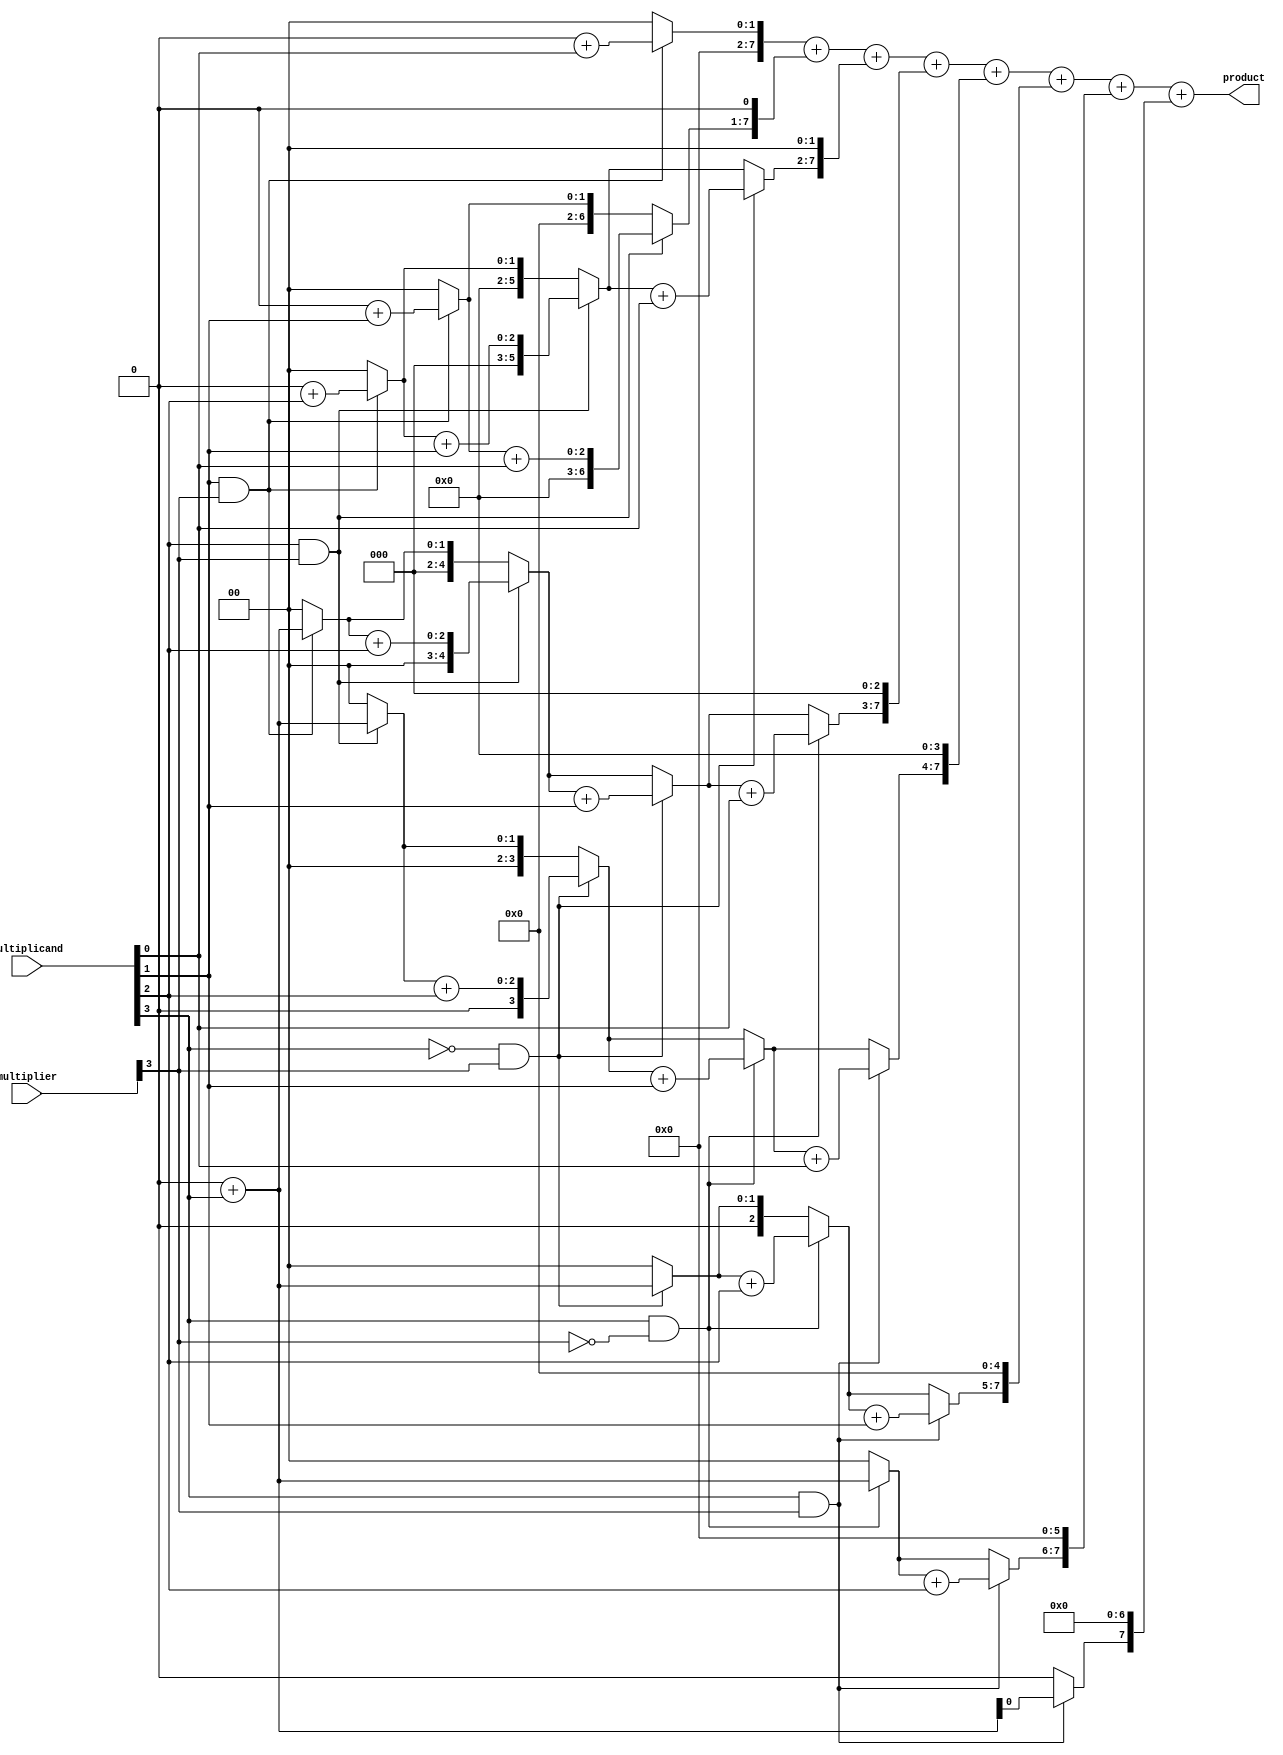
module booth_multiplier(
    input [3:0] multiplier,
    input [3:0] multiplicand,
    output reg [7:0] product
);

reg [7:0] partial_product [7:0];
wire [4:0] booth_encoded_mult;
reg [2:0] a, b;

// Booth Encoder
assign booth_encoded_mult[4] = multiplicand[3] & multiplier[3];
assign booth_encoded_mult[3] = multiplicand[3] & ~multiplier[3];
assign booth_encoded_mult[2] = ~multiplicand[3] & multiplier[3];
assign booth_encoded_mult[1] = multiplicand[2] & multiplier[3];
assign booth_encoded_mult[0] = multiplicand[1] & multiplier[3];

// Partial Product Generator
integer i, j;
always @* begin
    for(i = 0; i < 8; i = i + 1) begin
        partial_product[i] = 8'b0;
    end
    for(i = 0; i < 5; i = i + 1) begin
        if(booth_encoded_mult[i] == 1) begin
            for(j = 0; j < 4; j = j + 1) begin
                partial_product[j+i] = partial_product[j+i] + multiplicand[j];
            end
        end
    end
end

// Adder
always @* begin
    product = partial_product[0];
    for(i = 1; i < 8; i = i + 1) begin
        product = product + (partial_product[i] << i);
    end
end

endmodule